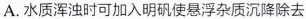
A.水质浑浊时可加入明矾使悬浮杂质沉降除去